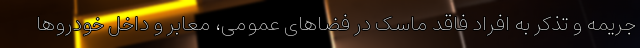
جریمه و تذکر به افراد فاقد ماسک در فضاهای عمومی، معابر و داخل خودروها